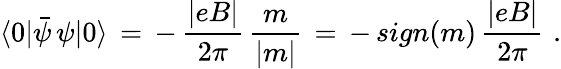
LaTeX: \langle 0|\bar{\psi}\, \psi|0\rangle\, =\, -\, \frac{|eB|}{2\pi}\, \frac{m}{|m|}\, =\, -\, sign(m)\, \frac{|eB|}{2\pi}\, \, .